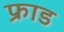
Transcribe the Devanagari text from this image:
फ्राड